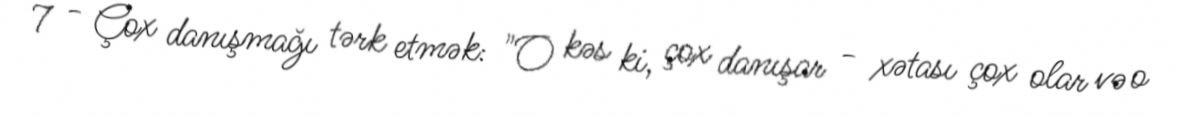
7 - Çox danışmağı tərk etmək: "O kəs ki, çox danışar - xətası çox olar və o